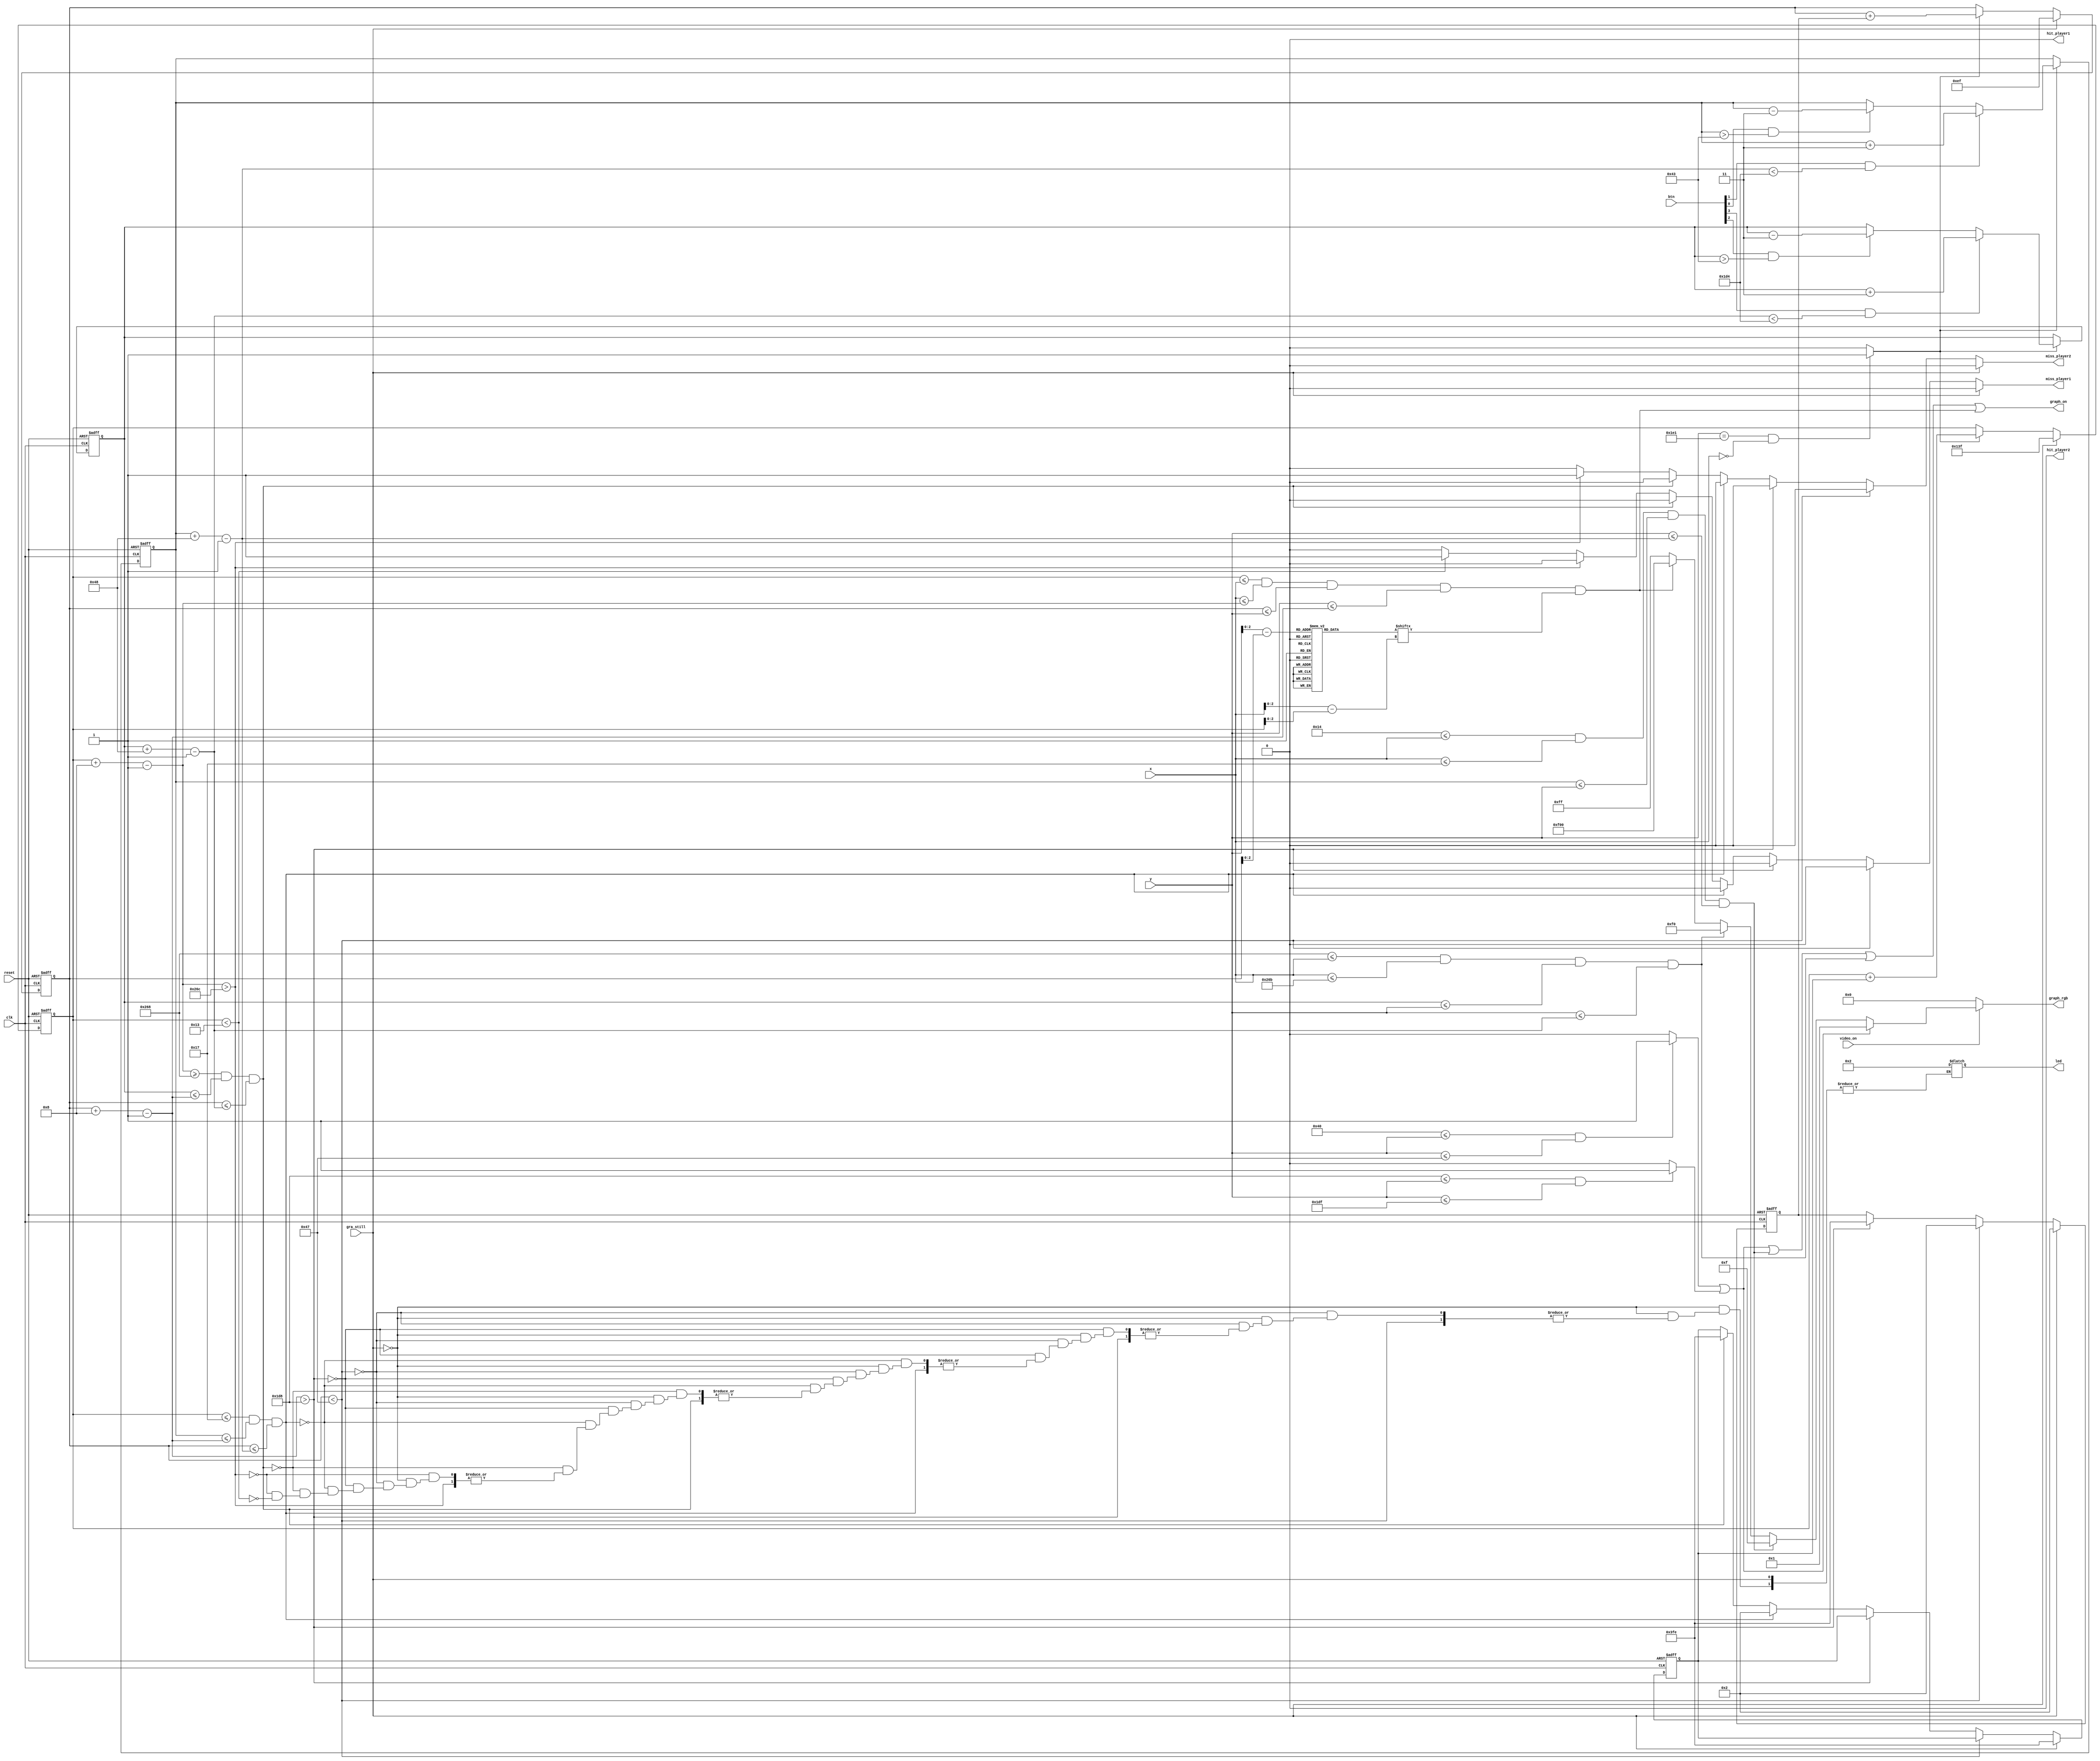
`timescale 1ns / 1ps
//////////////////////////////////////////////////////////////////////////////////
// Reference book: "FPGA Prototyping by Verilog Examples"
//                      "Xilinx Spartan-3 Version"
// Written by: Dr. Pong P. Chu
// Published by: Wiley, 2008
//
// Adapted for Basys 3 by David J. Marion aka FPGA Dude
//
//////////////////////////////////////////////////////////////////////////////////

module pong_graph(
    input clk,    
    input reset,    
    input [3:0] btn,        // btn[0] = up player 1, btn[1] = down player 1, btn[2] = up player 2, btn[3] = down player 2
    input gra_still,        // still graphics - new game, game over states
    input video_on,
    input [9:0] x,
    input [9:0] y,
    output reg[3:0] led,
    output graph_on,
    output reg hit_player1, miss_player1, hit_player2, miss_player2,   // ball hit or miss
    output reg [11:0] graph_rgb
    );
    
    // maximum x, y values in display area
    parameter X_MAX = 639;
    parameter Y_MAX = 479;
    
    // create 60Hz refresh tick
    wire refresh_tick;
    assign refresh_tick = ((y == 481) && (x == 0)) ? 1 : 0; // start of vsync (vertical retrace)
    
    // TOP wall boundaries
    parameter T_WALL_T = 64;    
    parameter T_WALL_B = 71;    // 8 pixels wide
    // BOTTOM wall boundaries
    parameter B_WALL_T = 472;    
    parameter B_WALL_B = 479;    // 8 pixels wide
    
    // PADDLES
    // player 1 paddle horizontal boundaries
    parameter X_PAD1_L = 20;
    parameter X_PAD1_R = 23;    // 4 pixels wide
    // player 2 paddle horizontal boundaries
    parameter X_PAD2_L = 616;
    parameter X_PAD2_R = 619;   // 4 pixels wide
    // paddle vertical boundary signals
    wire [9:0] y_pad1_t, y_pad1_b, y_pad2_t, y_pad2_b;
    parameter PAD_HEIGHT = 72;  // 72 pixels high
    // registers to track top boundary and buffer for both paddles
    reg [9:0] y_pad1_reg = 204;  // Paddle 1 starting position
    reg [9:0] y_pad2_reg = 204;  // Paddle 2 starting position
    reg [9:0] y_pad1_next, y_pad2_next;
    // paddle moving velocity when a button is pressed
    parameter PAD_VELOCITY = 3; // change to speed up or slow down paddle movement
    
    // BALL
    // square rom boundaries
    parameter BALL_SIZE = 8;
    // ball horizontal boundary signals
    wire [9:0] x_ball_l, x_ball_r;
    // ball vertical boundary signals
    wire [9:0] y_ball_t, y_ball_b;
    // registers to track top left position
    reg [9:0] y_ball_reg, x_ball_reg;
    // signals for register buffer
    wire [9:0] y_ball_next, x_ball_next;
    // registers to track ball speed and buffers
    reg [9:0] x_delta_reg, x_delta_next;
    reg [9:0] y_delta_reg, y_delta_next;
    // positive or negative ball velocity
    parameter BALL_VELOCITY_POS = 2;  // ball speed positive pixel direction (down, right)
    parameter BALL_VELOCITY_NEG = -2; // ball speed negative pixel direction (up, left)
    // round ball from square image
    wire [2:0] rom_addr, rom_col;     // 3-bit rom address and rom column
    reg [7:0] rom_data;               // data at current rom address
    wire rom_bit;                     // signify when rom data is 1 or 0 for ball rgb control
    
    // Register Control
    always @(posedge clk or posedge reset)
        if(reset) begin
            y_pad1_reg <= 204;
            y_pad2_reg <= 204;
            x_ball_reg <= 0;
            y_ball_reg <= 0;
            x_delta_reg <= 10'h002;
            y_delta_reg <= 10'h002;
        end
        else begin
            y_pad1_reg <= y_pad1_next;
            y_pad2_reg <= y_pad2_next;
            x_ball_reg <= x_ball_next;
            y_ball_reg <= y_ball_next;
            x_delta_reg <= x_delta_next;
            y_delta_reg <= y_delta_next;
        end
    
    // ball rom
    always @*
        case(rom_addr)
            3'b000 : rom_data = 8'b00111100; //   ****  
            3'b001 : rom_data = 8'b01111110; //  ******
            3'b010 : rom_data = 8'b11111111; // ********
            3'b011 : rom_data = 8'b11111111; // ********
            3'b100 : rom_data = 8'b11111111; // ********
            3'b101 : rom_data = 8'b11111111; // ********
            3'b110 : rom_data = 8'b01111110; //  ******
            3'b111 : rom_data = 8'b00111100; //   ****
        endcase
    
    // OBJECT STATUS SIGNALS
    wire t_wall_on, b_wall_on, pad1_on, pad2_on, sq_ball_on, ball_on;
    wire [11:0] pad1_rgb, pad2_rgb, ball_rgb, bg_rgb;
    
    // pixel within wall boundaries
    assign t_wall_on = ((T_WALL_T <= y) && (y <= T_WALL_B)) ? 1 : 0;
    assign b_wall_on = ((B_WALL_T <= y) && (y <= B_WALL_B)) ? 1 : 0;
    
    // paddle 1
    assign y_pad1_t = y_pad1_reg;                                   // paddle 1 top position
    assign y_pad1_b = y_pad1_t + PAD_HEIGHT - 1;                   // paddle 1 bottom position
    assign pad1_on = (X_PAD1_L <= x) && (x <= X_PAD1_R) &&         // pixel within paddle 1 boundaries
                     (y_pad1_t <= y) && (y <= y_pad1_b);
    
    // paddle 2
    assign y_pad2_t = y_pad2_reg;                                   // paddle 2 top position
    assign y_pad2_b = y_pad2_t + PAD_HEIGHT - 1;                   // paddle 2 bottom position
    assign pad2_on = (X_PAD2_L <= x) && (x <= X_PAD2_R) &&         // pixel within paddle 2 boundaries
                     (y_pad2_t <= y) && (y <= y_pad2_b);
    
    // assign object colors
    assign wall_rgb  = 12'h00F;    // blue walls
    assign pad1_rgb  = 12'h00F;    // blue paddle 1
    assign pad2_rgb  = 12'h0F0;    // green paddle 2
    assign ball_rgb  = 12'hF00;    // red ball
    assign bg_rgb    = 12'h0FF;    // aqua background
    
    // Paddle Control
    always @* begin
        y_pad1_next = y_pad1_reg;     // no move for paddle 1
        y_pad2_next = y_pad2_reg;     // no move for paddle 2
        
        if(refresh_tick) begin
            if(btn[1] & (y_pad1_b < (B_WALL_T - 1 - PAD_VELOCITY)))
                y_pad1_next = y_pad1_reg + PAD_VELOCITY;  // move paddle 1 down
            else if(btn[0] & (y_pad1_t > (T_WALL_B - 1 - PAD_VELOCITY)))
                y_pad1_next = y_pad1_reg - PAD_VELOCITY;  // move paddle 1 up
            
            if(btn[3] & (y_pad2_b < (B_WALL_T - 1 - PAD_VELOCITY)))
                y_pad2_next = y_pad2_reg + PAD_VELOCITY;  // move paddle 2 down
            else if(btn[2] & (y_pad2_t > (T_WALL_B - 1 - PAD_VELOCITY)))
                y_pad2_next = y_pad2_reg - PAD_VELOCITY;  // move paddle 2 up
        end
    end
    
    // rom data square boundaries
    assign x_ball_l = x_ball_reg;
    assign y_ball_t = y_ball_reg;
    assign x_ball_r = x_ball_l + BALL_SIZE - 1;
    assign y_ball_b = y_ball_t + BALL_SIZE - 1;
    
    // pixel within rom square boundaries
    assign sq_ball_on = (x_ball_l <= x) && (x <= x_ball_r) &&
                        (y_ball_t <= y) && (y <= y_ball_b);
    
    // map current pixel location to rom addr/col
    assign rom_addr = y[2:0] - y_ball_t[2:0];   // 3-bit address
    assign rom_col = x[2:0] - x_ball_l[2:0];    // 3-bit column index
    assign rom_bit = rom_data[rom_col];         // 1-bit signal rom data by column
    
    // pixel within round ball
    assign ball_on = sq_ball_on & rom_bit;      // within square boundaries AND rom data bit == 1
    
    // new ball position
    assign x_ball_next = (gra_still) ? X_MAX / 2 :
                         (refresh_tick) ? x_ball_reg + x_delta_reg : x_ball_reg;
    assign y_ball_next = (gra_still) ? Y_MAX / 2 :
                         (refresh_tick) ? y_ball_reg + y_delta_reg : y_ball_reg;
    
    // change ball direction after collision
    always @* begin
        hit_player1 = 1'b0;
        miss_player1 = 1'b0;
        hit_player2 = 1'b0;
        miss_player2 = 1'b0;
        x_delta_next = x_delta_reg;
        y_delta_next = y_delta_reg;
        
        if(gra_still) begin
            x_delta_next = BALL_VELOCITY_NEG;
            y_delta_next = BALL_VELOCITY_POS;
        end
        
        else if(y_ball_t < T_WALL_B)            // reach top
            y_delta_next = BALL_VELOCITY_POS;   // move down
        
        else if(y_ball_b > (B_WALL_T))         // reach bottom wall
            y_delta_next = BALL_VELOCITY_NEG;  // move up
        
        else if(x_ball_l <= X_PAD1_R &&        // collide with paddle 1
                (y_pad1_t <= y_ball_b) && (y_ball_t <= y_pad1_b)) begin
            x_delta_next = BALL_VELOCITY_POS;
        end
        
        else if(x_ball_r >= X_PAD2_L &&            // collide with paddle 2
                (y_pad2_t <= y_ball_b) && (y_ball_t <= y_pad2_b)) begin
            x_delta_next = BALL_VELOCITY_NEG;
        end
        
        else if(x_ball_r > X_PAD2_R + 1) begin
            miss_player2 = 1'b1;
        end
        else if(x_ball_l < X_PAD1_L - 1) begin
            miss_player1 = 1'b1;
            led = 2;
        end
    end
    
    // output status signal for graphics 
    assign graph_on = t_wall_on | b_wall_on | pad1_on | pad2_on | ball_on;
    
    // rgb multiplexing circuit
    always @*
        if(~video_on)
            graph_rgb = 12'h000;      // no value, blank
        else if (t_wall_on | b_wall_on)
            graph_rgb = wall_rgb;     // wall color
        else if(pad1_on)
            graph_rgb = pad1_rgb;     // paddle 1 color
        else if(pad2_on)
            graph_rgb = pad2_rgb;     // paddle 2 color
        else if(ball_on)
            graph_rgb = ball_rgb;     // ball color
        else
            graph_rgb = bg_rgb;       // background
       
endmodule